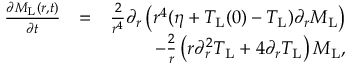
\begin{array} { r l r } { \frac { \partial M _ { \mathrm { L } } ( r , t ) } { \partial t } } & { = } & { \frac { 2 } { r ^ { 4 } } \partial _ { r } \left( r ^ { 4 } ( \eta + T _ { \mathrm { L } } ( 0 ) - T _ { \mathrm { L } } ) \partial _ { r } M _ { \mathrm { L } } \right) } \\ & { } & { - \frac { 2 } { r } \left( r \partial _ { r } ^ { 2 } T _ { \mathrm { L } } + 4 \partial _ { r } T _ { \mathrm { L } } \right) M _ { \mathrm { L } } , } \end{array}